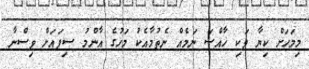
މިމަހަށް ކިޔާ ވަކި ޚާއްޞަ ނަމެއް ނެތުމާއެކު މަހުގެ އާންމު ސިފައަށް ވިސްނާ